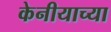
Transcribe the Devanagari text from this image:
केनीयाच्या